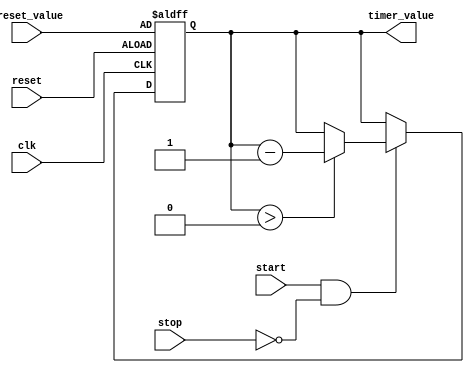
module countdown_timer (
    input wire clk,
    input wire start,
    input wire stop,
    input wire reset,
    input wire [7:0] preset_value,
    output reg [7:0] timer_value
);

reg [7:0] countdown_reg;

always @(posedge clk or posedge reset) begin
    if (reset) begin
        countdown_reg <= preset_value;
    end else if (start && !stop) begin
        if (countdown_reg > 0) begin
            countdown_reg <= countdown_reg - 1;
        end
    end
end

assign timer_value = countdown_reg;

endmodule